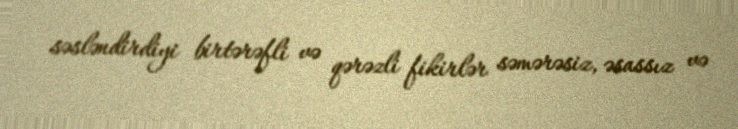
səsləndirdiyi birtərəfli və qərəzli fikirlər səmərəsiz, əsassız və